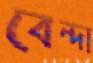
বেন্দা